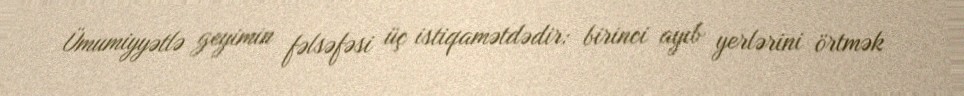
Ümumiyyətlə geyimin fəlsəfəsi üç istiqamətdədir: birinci ayıb yerlərini örtmək